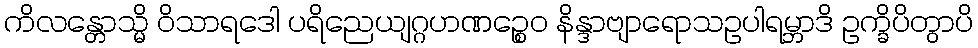
ကိလန္တောသ္မိ ဝိသာရဒေါ ပရိညေယျဂ္ဂဟဏဉ္စေဝ နိန္ဒာဗျာရောသဥပါရမ္ဘာဒိ ဥက္ခိပိတွာပိ